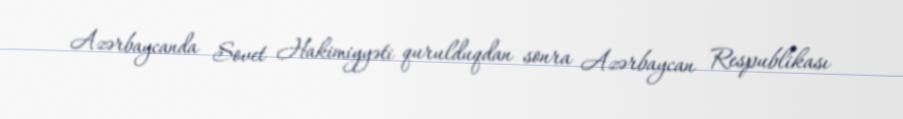
Azərbaycanda Sovet Hakimiyyəti qurulduqdan sonra Azərbaycan Respublikası